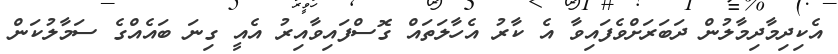
އެކިދިމާދިމާލުން ދަބަރަށްވެފައިވާ އެ ކާރު އެހާލަތައް ގޮސްފައިވާއިރު އެއީ ގިނަ ބައެއްގެ ސަމާލުކަން